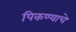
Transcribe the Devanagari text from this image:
पिकण्याचे